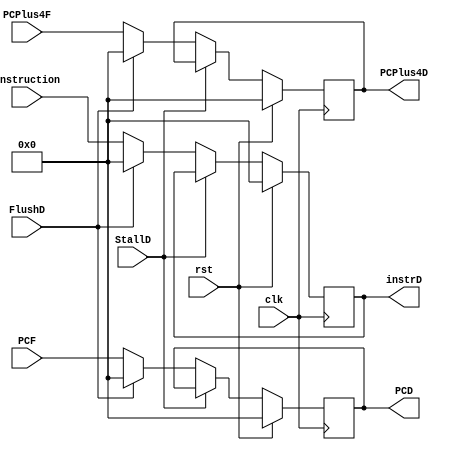
`timescale 1ps/1ps

module IF_ID_register (
    input             clk,
    input             rst,
    input             StallD,
    input             FlushD,
    input      [31:0] instruction,
    input      [31:0] PCF,
    input      [31:0] PCPlus4F,
    output reg [31:0] instrD, 
    output reg [31:0] PCD,
    output reg [31:0] PCPlus4D
);
    always @(posedge clk) begin
        if (rst) begin
           instrD    <= 32'd0;
            PCD      <= 32'd0;
            PCPlus4D <= 32'd0;
        end
        else if (StallD) begin
            instrD   <= instrD;
            PCD      <= PCD;
            PCPlus4D <= PCPlus4D;
        end
        else if (FlushD) begin
            instrD   <= 32'd0;
            PCD      <= 32'd0;
            PCPlus4D <= 32'd0;
        end
        else begin
            instrD   <= instruction;
            PCD      <= PCF;
            PCPlus4D <= PCPlus4F;
        end
        
    end
    
endmodule